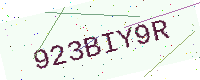
Text: 923BIY9R